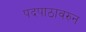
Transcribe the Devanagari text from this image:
पदपाठावरुन